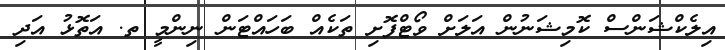
އިލެކްޝަންސް ކޮމިޝަނުން އަލަށް ވޯޓްފޮށި ތަކެއް ބަހައްޓަން ނިންމީ ތ. އަތޮޅު އަދި